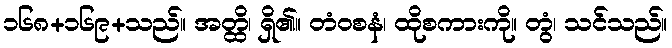
၁၆၈+၁၆၉+သည်။ အတ္ထိ၊ ရှိ၏။ တံဝစနံ၊ ထိုစကားကို။ တွံ၊ သင်သည်။